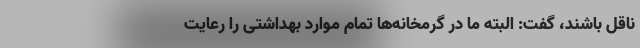
ناقل باشند، گفت: البته ما در گرمخانه‌ها تمام موارد بهداشتی را رعایت